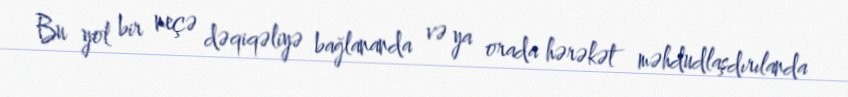
Bu yol bir neçə dəqiqəliyə bağlananda və ya orada hərəkət məhdudlaşdırılanda